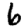
Digit: 6